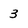
Character: 3